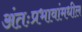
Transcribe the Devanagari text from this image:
अंतःप्रभावांमधील